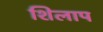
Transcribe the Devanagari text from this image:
शिलाप